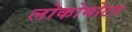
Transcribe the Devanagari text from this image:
लोकोमोटर